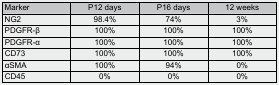
<table><thead><tr><td><b>Marker</b></td><td><b>P12 days</b></td><td><b>P16 days</b></td><td><b>12 weeks</b></td></tr></thead><tbody><tr><td>NG2</td><td>98.4%</td><td>74%</td><td>3%</td></tr><tr><td>PDGFR-β</td><td>100%</td><td>100%</td><td>100%</td></tr><tr><td>PDGFR-α</td><td>100%</td><td>100%</td><td>100%</td></tr><tr><td>CD73</td><td>100%</td><td>100%</td><td>100%</td></tr><tr><td>αSMA</td><td>100%</td><td>94%</td><td>0%</td></tr><tr><td>CD45</td><td>0%</td><td>0%</td><td>0%</td></tr></tbody></table>